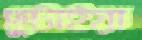
ছুটাইয়া